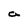
Character: a